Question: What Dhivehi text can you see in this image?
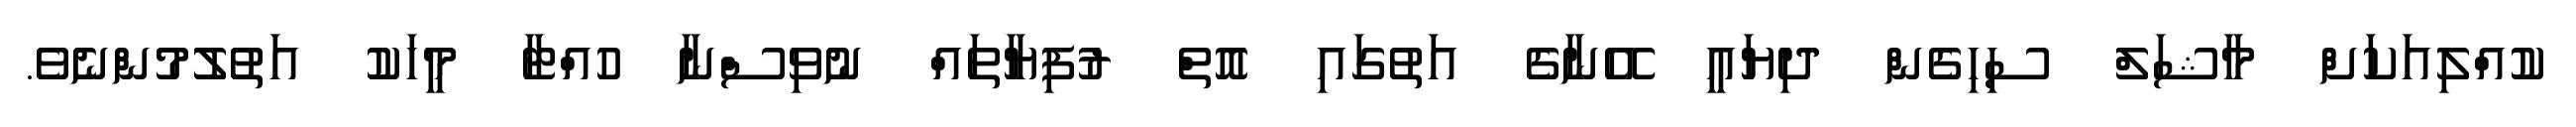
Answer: ކުއްލިއަކަށް މާޝަލް ސިހިގެން ދިޔައީ އޭނާގެ އަތުގައި އޮތް ރުފިޔާތައް ނުވިސްނާ ހުއްޓާ މީހަކު އަތުލުމުންނެވެ.